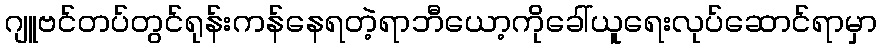
ဂျူဗင်တပ်တွင်ရုန်းကန်နေရတဲ့ရာဘီယော့ကိုခေါ်ယူရေးလုပ်ဆောင်ရာမှာ